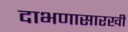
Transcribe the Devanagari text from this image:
दाभणासारखी